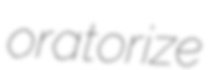
oratorize